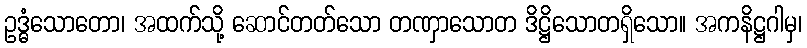
ဥဒ္ဓံသောတော၊ အထက်သို့ ဆောင်တတ်သော တဏှာသောတ ဒိဋ္ဌိသောတရှိသော။ အကနိဋ္ဌဂါမှ၊